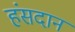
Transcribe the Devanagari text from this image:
हंसदान